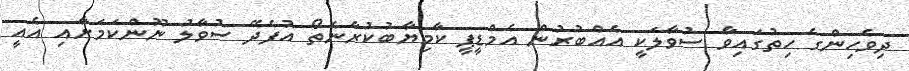
ދިވެހިންގެ ހިތުގައިވާ ސުވާލަކީ އެއްބުރުން އެމްޑީޕީ ކާމިޔާބުކުރާނެތޯ އުފެދޭ ސުވާލު ނޫންކަމަށާއި އެއީ